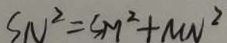
S N ^ { 2 } = S M ^ { 2 } + M N ^ { 2 }